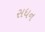
સધન